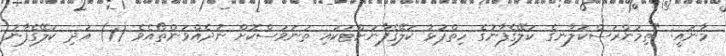
މާނައީ: "ތިމަންރަސްކަލާނގެ ކަލޭގެފާނުގެ ހިތްޕުޅު ކަލޭގެފާނަށްޓަކައި ތަނަވަސްކޮށް ނުދެއްވަންތޯއެވެ (1) އަދި ކަލޭގެފާނު